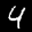
Label: 4